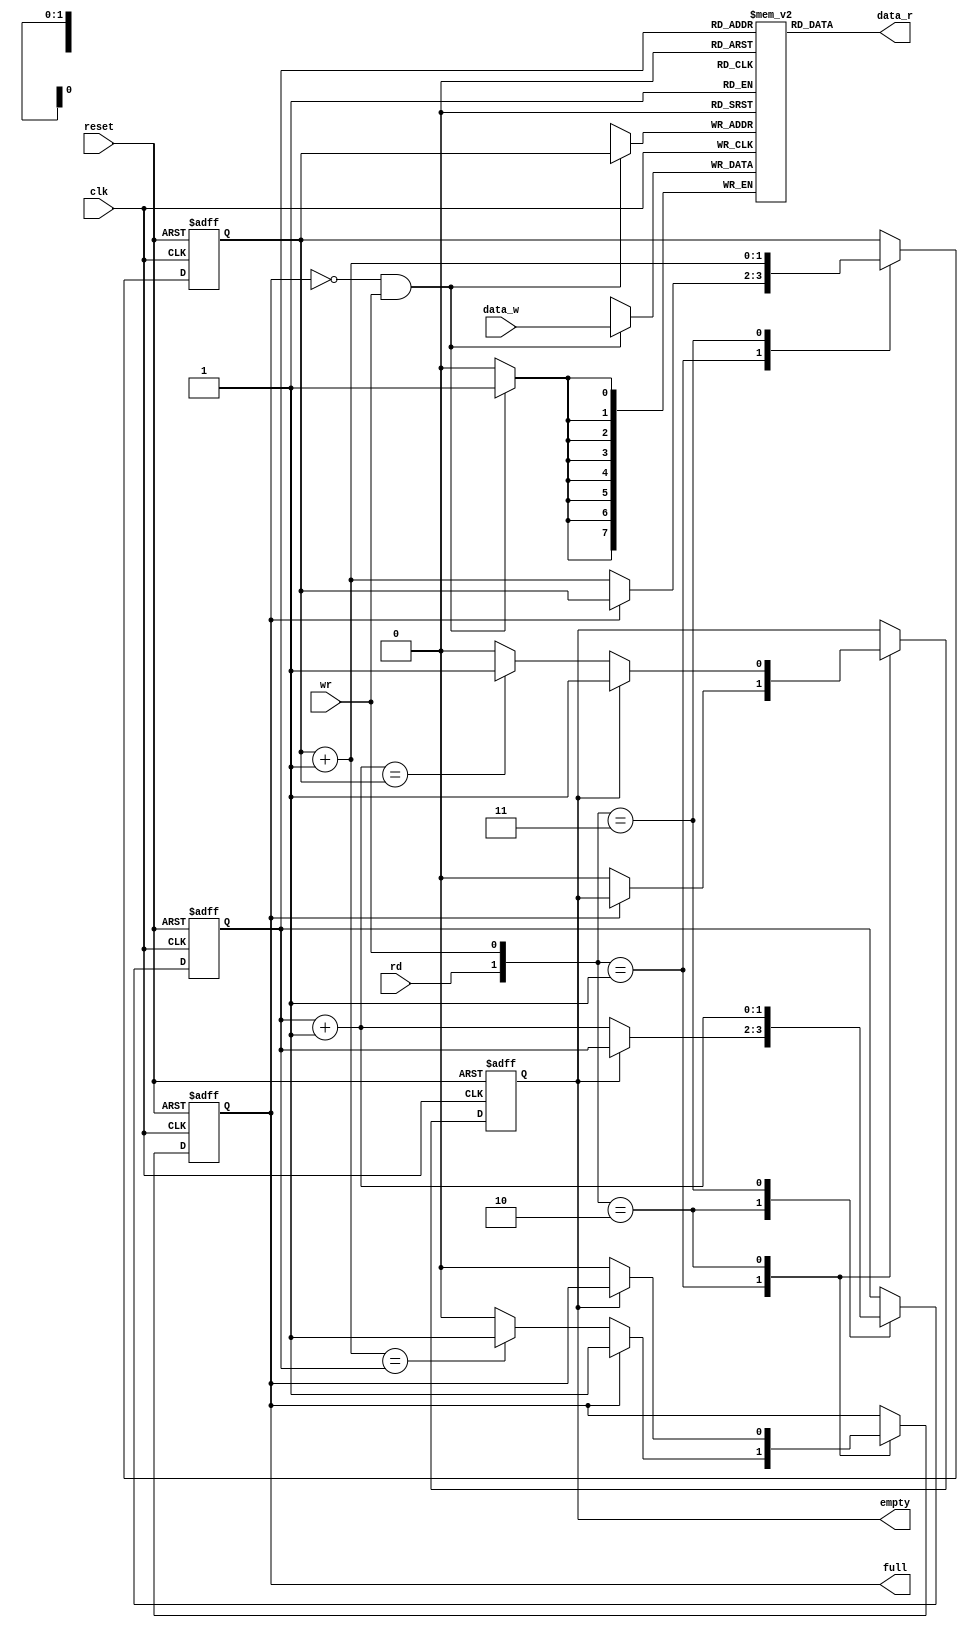
`timescale 1ns / 1ps

module Fifo_buffer
  #(
       parameter W = 8, // so bit m?i hng
                 N = 2 // s? bit ??a ch
   ) 
   (
       input wire wr, rd, clk, reset,
       input wire [W-1:0] data_w,
       output wire full, empty,
       output wire [W-1:0] data_r    
   );
       //signal declaration
       reg [7:0] array [2**N - 1 : 0];
       reg [N-1:0] r_ptr_reg, r_ptr_next, r_ptr_succ;
       reg [N-1:0] w_ptr_reg, w_ptr_next, w_ptr_succ;
       wire wr_en, r_en;
       reg empty_next, full_next;
       reg empty_reg, full_reg;
       
       // body
       // write operation
       always@(posedge clk)
             if(wr_en)
                array[w_ptr_reg] <= data_w;
       // read  operation
           /*  if(r_en)
                data_r <= array[r_ptr_reg]; */
       assign data_r = array[r_ptr_reg];  
       // note
       assign wr_en =  ~full_reg  & wr;
       /*assign r_en  =  ~empty_reg & rd; */ // cannot be used in case 11
       
       //fifo control logic
       //register for read and write pointers
       always@(posedge clk, posedge reset)
          begin
             if(reset)
                begin
                   r_ptr_reg <= 0;
                   w_ptr_reg <= 0;
                   full_reg <=  1'b0;
                   empty_reg <= 1'b1;
                end
             else 
                begin
                   r_ptr_reg <= r_ptr_next;
                   w_ptr_reg <= w_ptr_next;
                   full_reg <= full_next;
                   empty_reg <= empty_next;
                end
             end
       //register for read and write
       //next state logic
       always @*
          begin
             // keep default value
             r_ptr_next = r_ptr_reg;
             w_ptr_next = w_ptr_reg;
             full_next = full_reg;
             empty_next = empty_reg;
             // increment the pointers
             r_ptr_succ = r_ptr_reg + 1;
             w_ptr_succ = w_ptr_reg + 1;
      
             // read and write case
             case({rd, wr})
               /* 2'b00: begin
                          r_ptr_next = r_ptr_reg;
                          w_ptr_next = w_ptr_reg;
                          full_next  = full_reg;
                          empty_next = empty_reg; 
                       end */
               2'b01:  
                          if(~full_reg) // not full
                             begin
                                w_ptr_next = w_ptr_succ;
                                empty_next = 1'b0;
                                if(w_ptr_next == r_ptr_reg)
                                   full_next = 1'b1;
                               /* else
                                   full_next = 1'b0; */ // not necessary as full_reg will keep its previous value
                              end
                       
              2'b10:   
                          if(~empty_reg)
                             begin
                                r_ptr_next = r_ptr_succ;
                                full_next = 1'b0;
                                if(r_ptr_next == w_ptr_reg)
                                   empty_next = 1'b1;
                            /*    else
                                    empty_next = 1'b1; */
                              end
                       
              2'b11:   begin
                          r_ptr_next = r_ptr_succ;
                          w_ptr_next = w_ptr_succ;
                       end
           endcase
         end
       //output    
       assign empty = empty_reg;
       assign full  = full_reg;     
endmodule